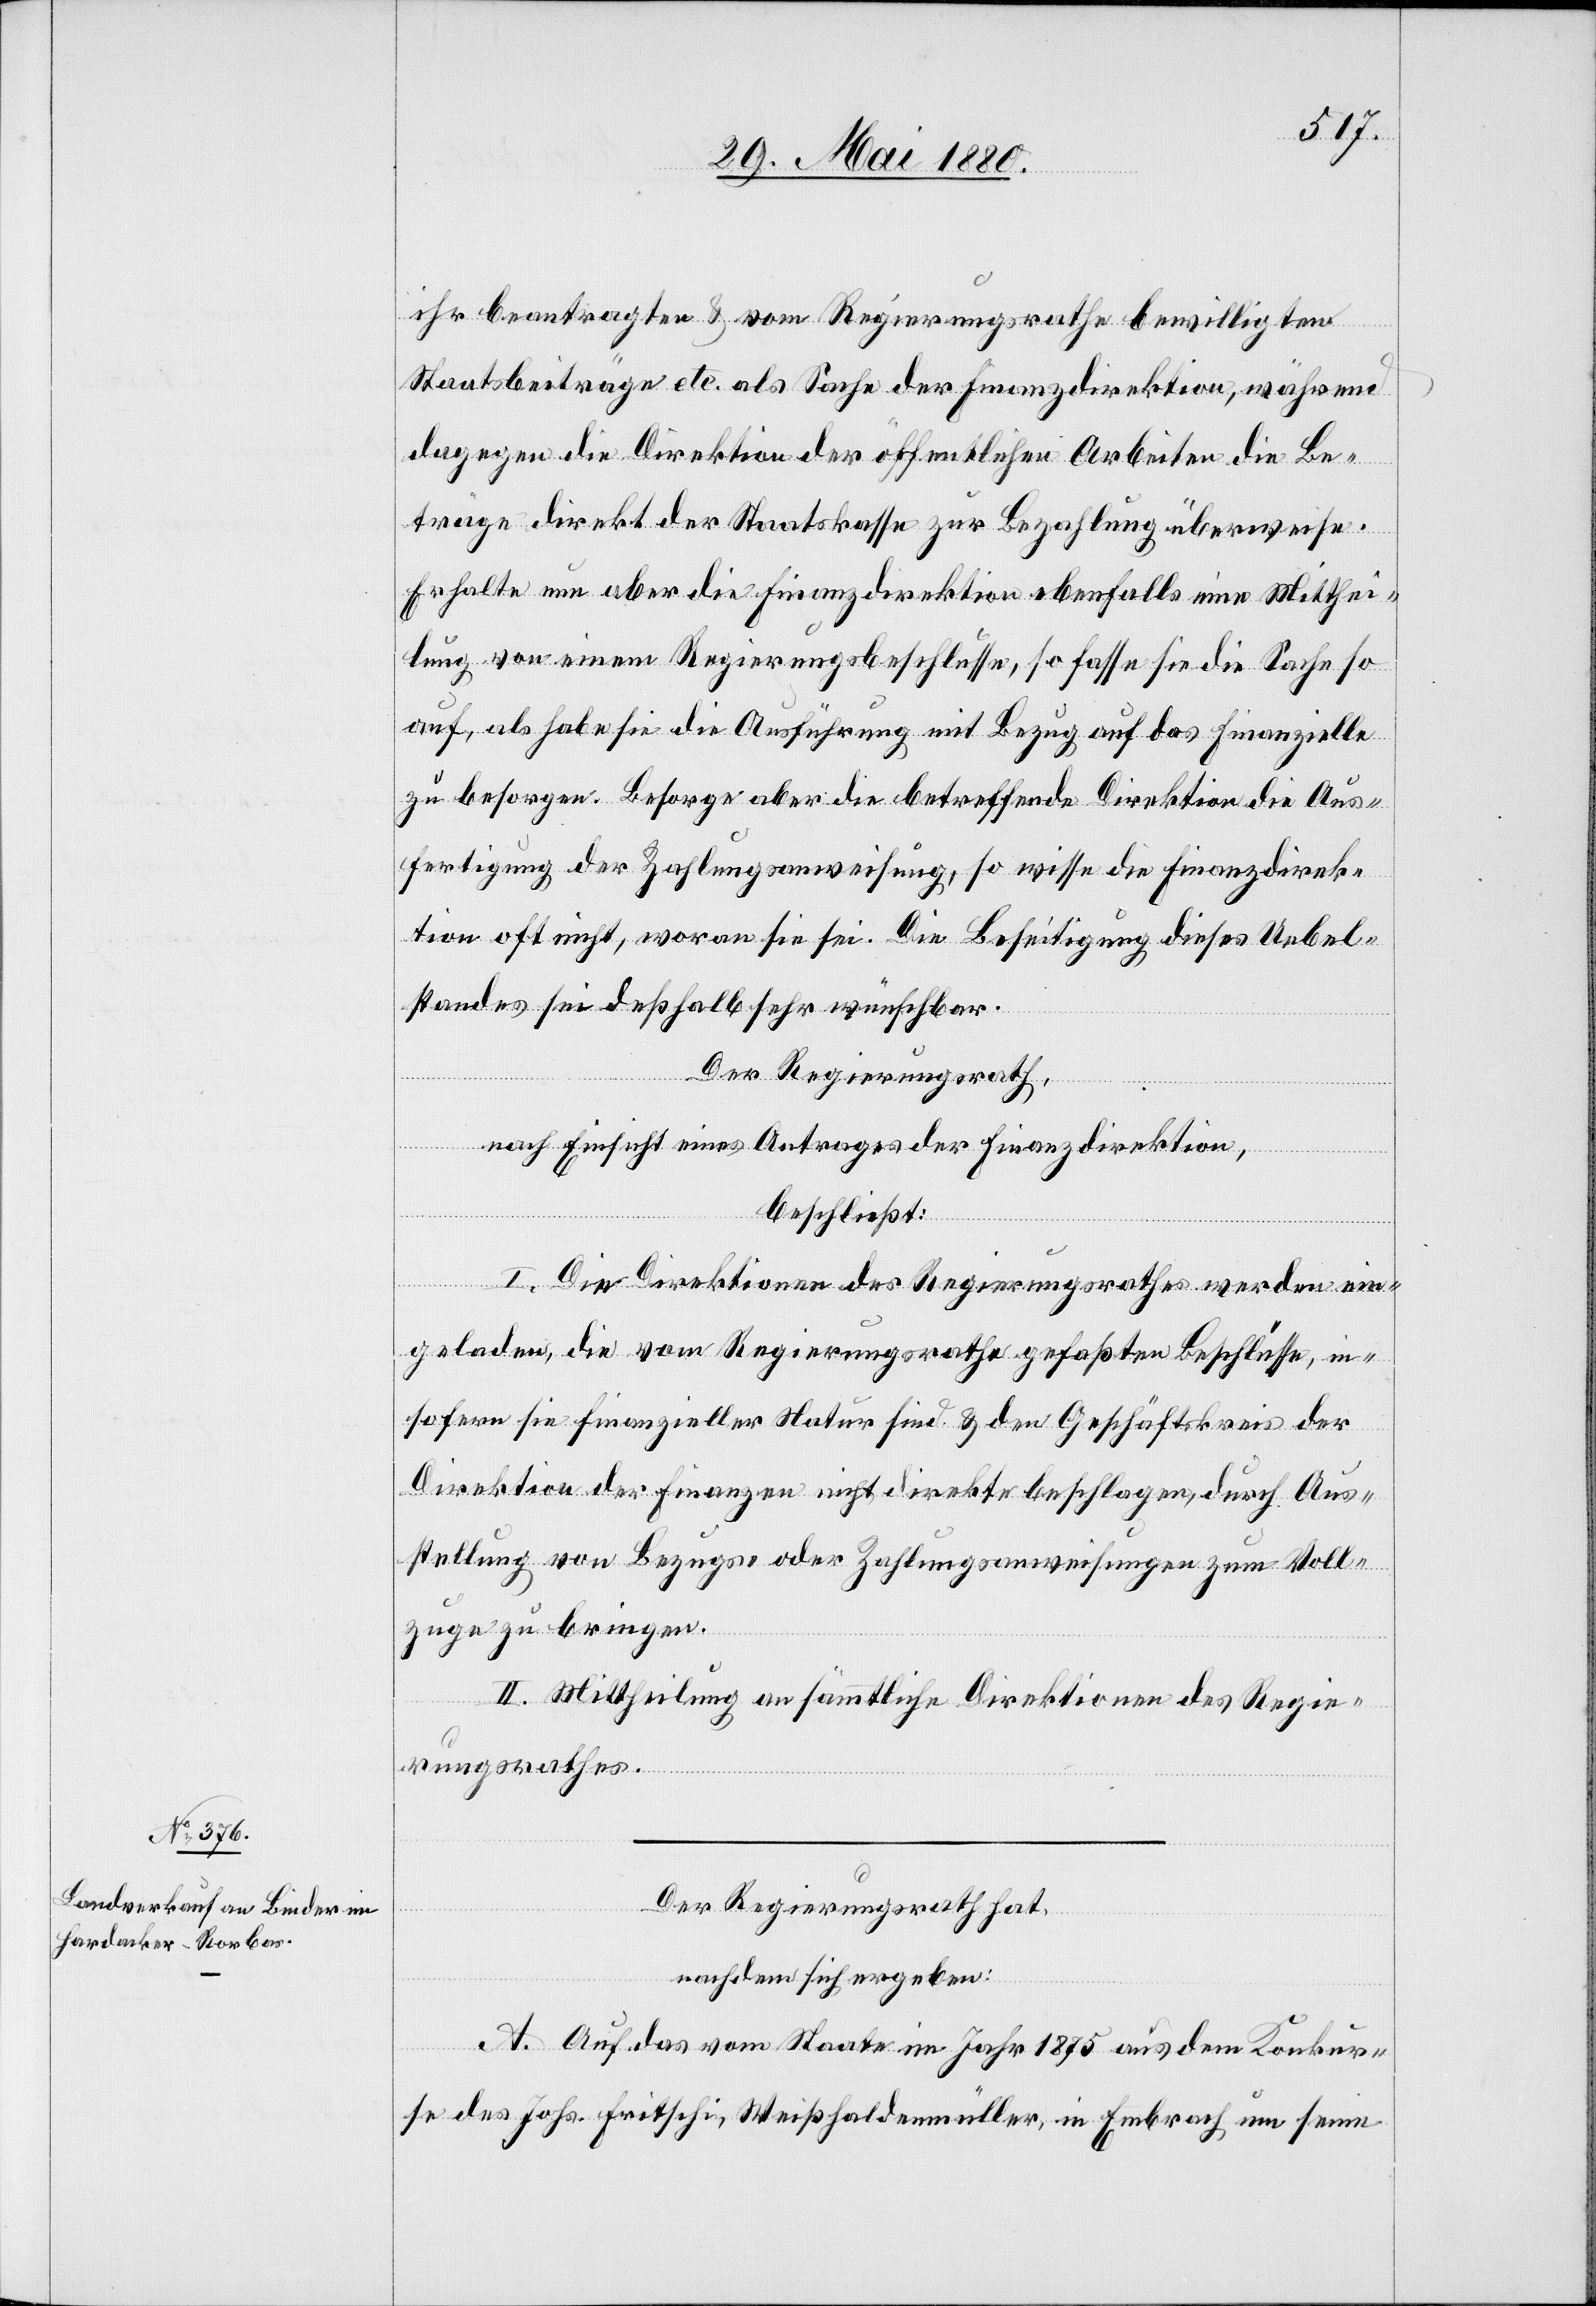
ihr beantragten & vom Regierungsrathe bewilligten
Staatsbeiträge etc. als Sache der Finanzdirektion, während
dagegen die Direktion der öffentlichen Arbeiten die Be¬
träge direkt der Staatskasse zur Bezahlung überweise.
Erhalte nun aber die Finanzdirektion ebenfalls eine Mitthei¬
lung von einem Regierungsbeschlusse, so fasse sie die Sache so
auf, als habe sie die Ausführung mit Bezug auf das finanzielle
zu besorgen. Besorge aber die betreffende Direktion die Aus¬
fertigung der Zahlungsanweisung, so wisse die Finanzdirek¬
tion oft nicht, woran sie sei. Die Beseitigung dieses Uebel¬
standes sei deßhalb sehr wünschbar.
Der Regierungsrath,
nach Einsicht eines Antrages der Finanzdirektion;
beschließt:
I. Die Direktionen des Regierungsrathes werden ein¬
geladen, die vom Regierungsrathe gefaßten Beschlüsse, in¬
sofern sie finanzieller Natur sind & den Geschäftskreis der
Direktion der Finanzen nicht direkte beschlagen, durch Aus¬
stellung von Bezugs- oder Zahlungsanweisungen zum Voll¬
zuge zu bringen.
II. Mittheilung an sämmtliche Direktionen des Regie¬
rungsrathes.
Der Regierungsrath hat,
nachdem sich ergeben:
A. Auf das vom Staate im Jahr 1875 aus dem Konkur¬
se des Johs. Fritschi, Weißhaldenmüller, in Embrach um seine